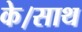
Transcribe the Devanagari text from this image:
के।साथ